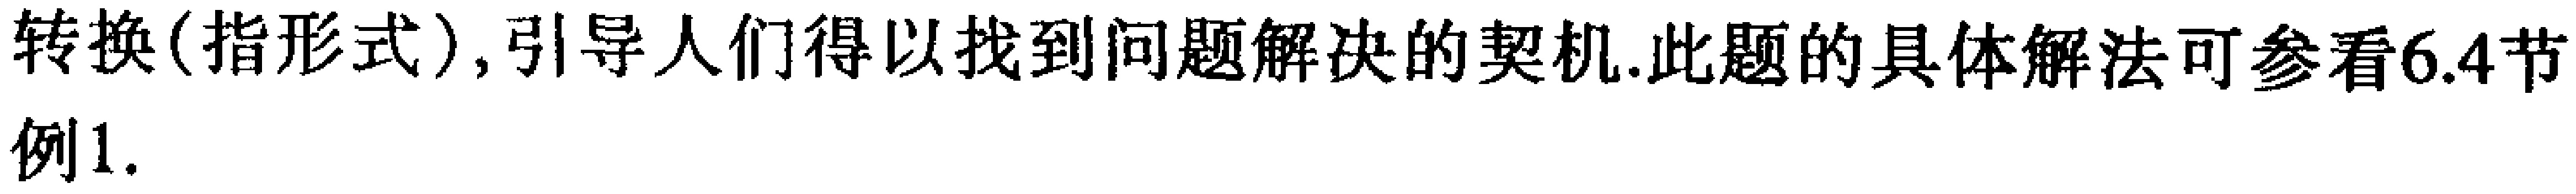
转换(指形式),引导人们得以找到问题解决的契机.此题的具体解法可参看6.4节例1.